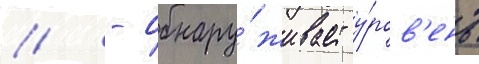
// - обнару́живает у́ров'ень